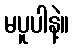
မပူပါနဲ့။